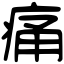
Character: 痛